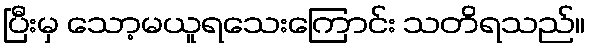
ပြီးမှ သော့မယူရသေးကြောင်း သတိရသည်။